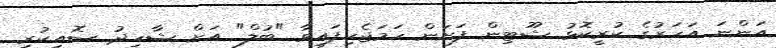
އަންނަ އަހަރުގެ ކުރީކޮޅު ޝޫޓިން ފަށަން ހަމަޖެހިފައިވާ "ބުލް" އަށް ޝާހިދު ސޮއިކުރި